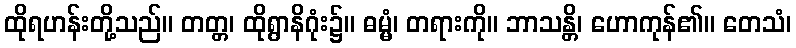
ထိုရဟန်းတို့သည်။ တတ္တ၊ ထိုရွာနိဂုံး၌။ ဓမ္မံ၊ တရားကို။ ဘာသန္တိ၊ ဟောကုန်၏။ တေသံ၊